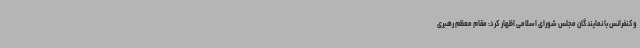
وکنفرانس با نمایندگان مجلس شورای اسلامی اظهار کرد: مقام معظم رهبری